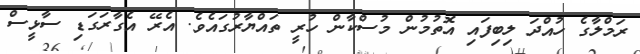
ރަމްލާގެ ހުއްދަ ލިބިފައި އޮތުމުން މުސްކާން ހުރީ ތައްޔާރުގައެވެ. އެރޭ އެގާރަގަޑި ސާޅީސް